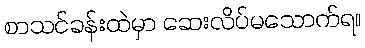
စာသင်ခန်းထဲမှာ ဆေးလိပ်မသောက်ရ။